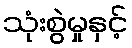
သုံးစွဲမှုနှင့်